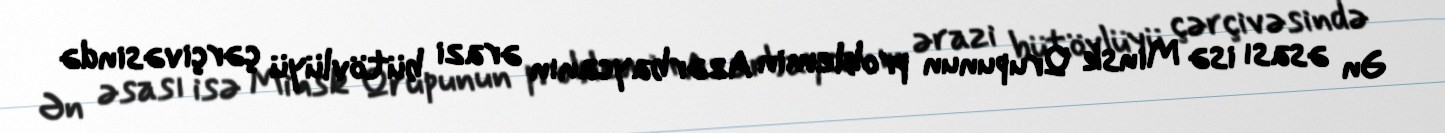
Ən əsası isə Minsk Qrupunun problemin Azərbaycanın ərazi bütövlüyü çərçivəsində